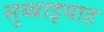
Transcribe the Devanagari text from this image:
सुब्बाइयाह